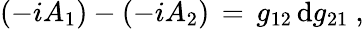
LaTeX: (-iA_{1})-(-iA_{2})\, =\, g_{12}\, \mathrm{d}g_{21}\ ,